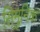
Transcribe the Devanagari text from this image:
सिमुनिक